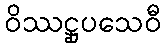
ဝိဿဋ္ဌုပသေဝီ